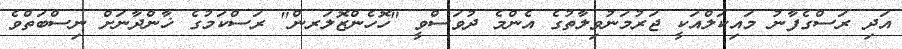
އަދި ރަސްގެފާނު މައިކަލްއަކީ ޖަރުމަނުވިލާތުގެ އެންމެ ދުވަސްވީ "ހޮހެންޒޮލަރން" ރަސްކަމުގެ ޚާންދާނަށް ނިސްބަތްވެ